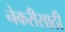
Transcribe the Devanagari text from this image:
नेकरीसाठी